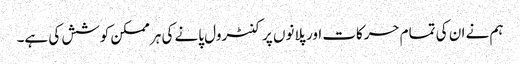
ہم نے ان کی تمام حرکات اور پلانوں پر کنٹرول پانے کی ہر ممکن کوشش کی ہے۔